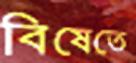
বিষেতে